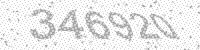
Solution: 346920